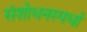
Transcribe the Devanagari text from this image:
संशोधनस्पर्धा